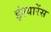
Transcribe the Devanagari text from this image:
इंश्यारेंस